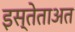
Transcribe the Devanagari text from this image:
इस्तेताअत